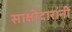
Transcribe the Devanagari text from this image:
साक्षीदारांनी